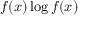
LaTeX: f ( x ) \log f ( x )